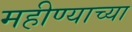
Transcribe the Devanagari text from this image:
महीण्याच्या